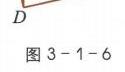
\(D\)
图3 - 1 - 6